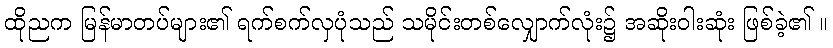
ထိုညက မြန်မာတပ်များ၏ ရက်စက်လှပုံသည် သမိုင်းတစ်လျှောက်လုံး၌ အဆိုးဝါးဆုံး ဖြစ်ခဲ့၏ ။